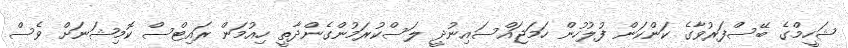
ޝަހީމްގެ ބޭސްފަރުވާގެ ކަންކަން ފުލުހުން ހަމަޖައްސައިނުދީ ލަސްކުރަމުންގެންދާތީ ހިއުމަން ރައިޓްސް ކޮމިޝަނަށް ވެސް